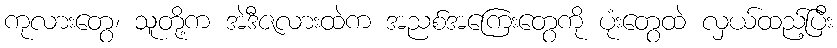
ကုလားတွေ၊ သူတို့က အဲဒီဇလားထဲက အညစ်အကြေးတွေကို ပုံးတွေထဲ လှယ်ထည့်ပြီး